Investigations on Bengal jail dietaries - Number 37
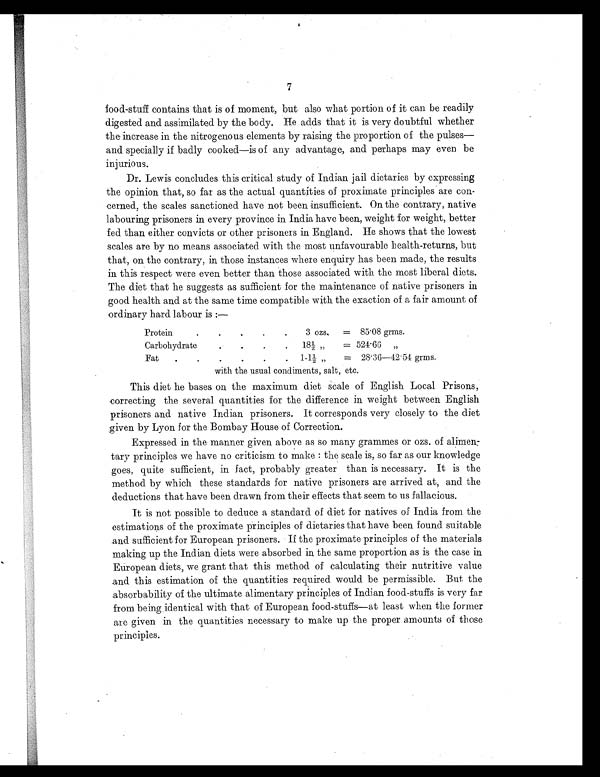
7
food-stuff contains that is of moment, but also what portion of it can be readily
digested and assimilated by the body. He adds that it is very doubtful whether
the increase in the nitrogenous elements by raising the proportion of the pulses—
and specially if badly cooked—is of any advantage, and perhaps may even be
injurious.
Dr. Lewis concludes this critical study of Indian jail dietaries by expressing
the opinion that, so far as the actual quantities of proximate principles are con-
cerned, the scales sanctioned have not been insufficient. On the contrary, native
labouring prisoners in every province in India have been, weight for weight, better
fed than either convicts or other prisoners in England. He shows that the lowest
scales are by no means associated with the most unfavourable health-returns, but
that, on the contrary, in those instances where enquiry has been made, the results
in this respect were even better than those associated with the most liberal diets.
The diet that he suggests as sufficient for the maintenance of native prisoners in
good health and at the same time compatible with the exaction of a fair amount of
ordinary hard labour is :—
Protein
.
.
.
.
3 ozs.
= 85.08 grms.
Carbohydrat
.
.
.
.
18½ „
= 524.66
„
Fat
.
.
.
. 1-1½ „
= 28.36—42.54 grms.
with the usual condiments, salt, etc.
This diet he bases on the maximum diet scale of English Local Prisons,
correcting the several quantities for the difference in weight between English
prisoners and native Indian prisoners. It corresponds very closely to the diet
given by Lyon for the Bombay House of Correction.
Expressed in the manner given above as so many grammes or ozs. of alimen-
tary principles we have no criticism to make : the scale is, so far as our knowledge
goes, quite sufficient, in fact, probably greater than is necessary. It is the
method by which these standards for native prisoners are arrived at, and the
deductions that have been drawn from their effects that seem to us fallacious.
It is not possible to deduce a standard of diet for natives of India from the
estimations of the proximate principles of dietaries that have been found suitable
and sufficient for European prisoners. If the proximate principles of the materials
making up the Indian diets were absorbed in the same proportion as is the case in
European diets, we grant that this method of calculating their nutritive value
and this estimation of the quantities required would be permissible. But the
absorbability of the ultimate alimentary principles of Indian food-stuffs is very far
from being identical with that of European food-stuffs—at least when the former
are given in the quantities necessary to make up the proper amounts of those
principles.